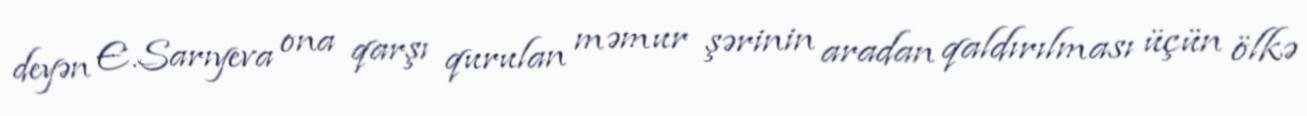
deyən E.Sarıyeva ona qarşı qurulan məmur şərinin aradan qaldırılması üçün ölkə